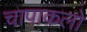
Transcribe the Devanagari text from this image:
चापाकलो